Civil Veterinary Dept. Bombay admin report 1893-99 - 1893-1899
Year: 1893
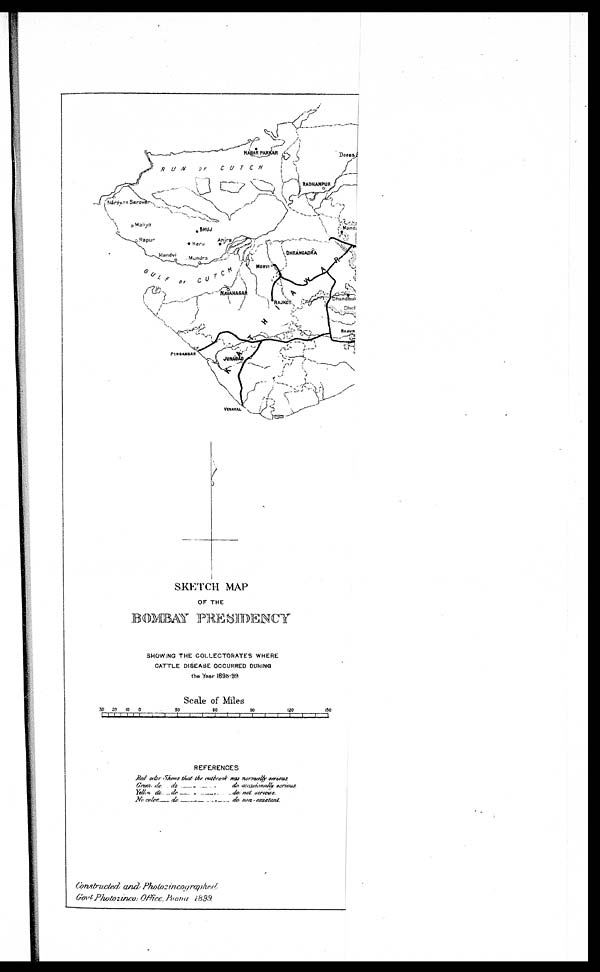
Constructed and
Photozincographed
Govt. Photozico: Office, Poona 1899.